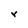
Character: y